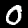
Label: 0